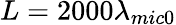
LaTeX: L=2000{{\lambda}_{mic0}}